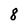
Character: 8